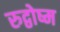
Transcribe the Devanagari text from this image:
रुद्वोष्म